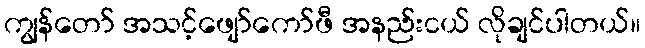
ကျွန်တော် အသင့်ဖျော်ကော်ဖီ အနည်းငယ် လိုချင်ပါတယ်။